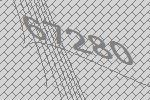
67280